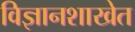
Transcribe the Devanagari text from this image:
विज्ञानशाखेत